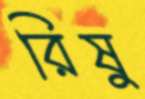
রিষু